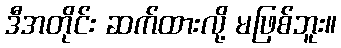
ဒီအတိုင်း ဆက်ထားလို့ မဖြစ်ဘူး။